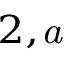
^ { 2 , } \footnote { h a v l i n @ o p h i r . p h . b i u . a c . i l }